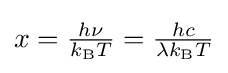
{\textstyle x={\frac {h\nu }{k_{\mathrm {B} }T}}={\frac {hc}{\lambda k_{\mathrm {B} }T}}}